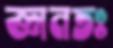
জ্ঞানতঃ